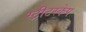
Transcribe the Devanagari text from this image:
स्ट्रीटस्केप